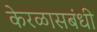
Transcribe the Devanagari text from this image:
केरळासबंधी